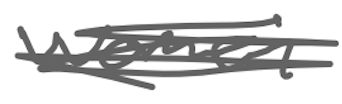
Text: women
Cross-out: scratch
Writing tool: digital_gray